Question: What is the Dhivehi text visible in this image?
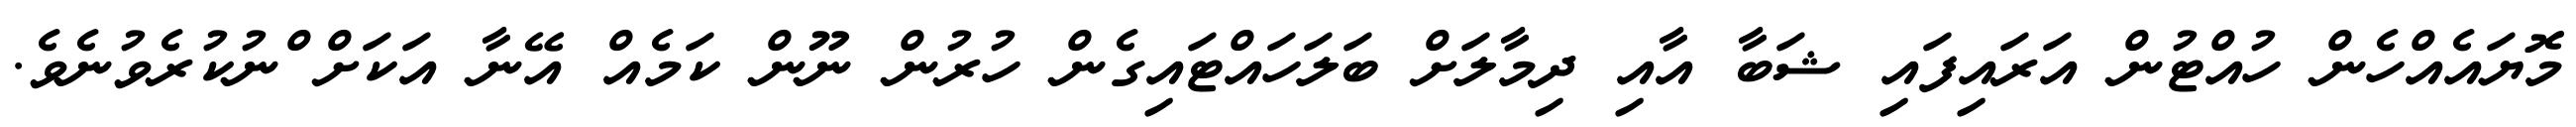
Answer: މޮޔައެއްހެން ހުއްޓުން އަރައިފައި ޝަބާ އާއި ދިމާލަށް ބަލަހައްޓައިގެން ހުރުން ނޫން ކަމެއް އޭނާ އަކަށް ްނުކުރެވުނެވެ.